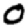
Digit: 0